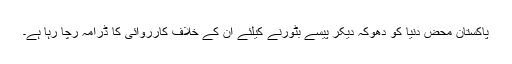
پاکستان محض دنیا کو دھوکہ دیکر پیسے بٹورنے کیلئے ان کے خلاف کارروائی کا ڈرامہ رچا رہا ہے۔